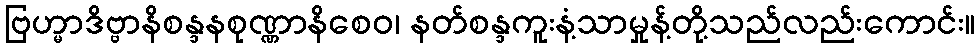
ဗြဟ္မာဒိဗ္ဗာနိစန္ဒနစုဏ္ဏာနိစေဝ၊ နတ်စန္ဒကူးနံ့သာမှုန့်တို့သည်လည်းကောင်း။